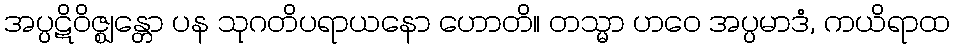
အပ္ပဋိဝိဇ္ဈန္တော ပန သုဂတိပရာယနော ဟောတိ။ တသ္မာ ဟဝေ အပ္ပမာဒံ, ကယိရာထ